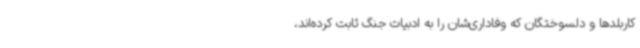
کاربلدها و دلسوختگان که وفاداری‌شان را به ادبیات جنگ ثابت کرده‌اند،